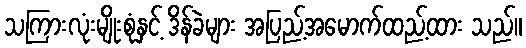
သကြားလုံးမျိုးစုံနှင့် ဒိန်ခဲများ အပြည့်အမောက်ထည့်ထား သည်။